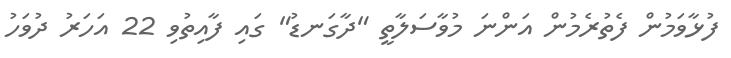
ފުޅާވަމުން ފެތުރެމުން އަންނަ މުވާސަލާތީ "ދާގަނޑު" ގައި ފާއިތުވި 22 އަހަރު ދުވަހު